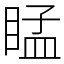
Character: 䁅